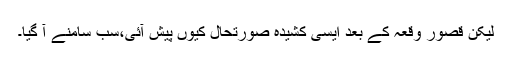
لیکن قصور وقعہ کے بعد ایسی کشیدہ صورتحال کیوں پیش آئی،سب سامنے آ گیا۔